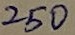
Text: 250